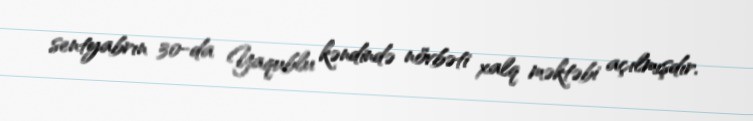
sentyabrın 30-da Yaqublu kəndində növbəti xalq məktəbi açılmışdır.